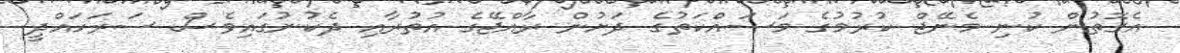
އެގޮތުން ކުނި މެނޭޖް ކުރުމުގެ މަސައްކަތުގެ ދަށުން ރާއްޖޭގެ އުތުރާއި ދެކުނުގައިވެސް ސަރަހައްދީ